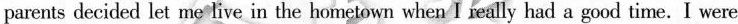
parents decided let me live in the hometown when I really had a good time. I were